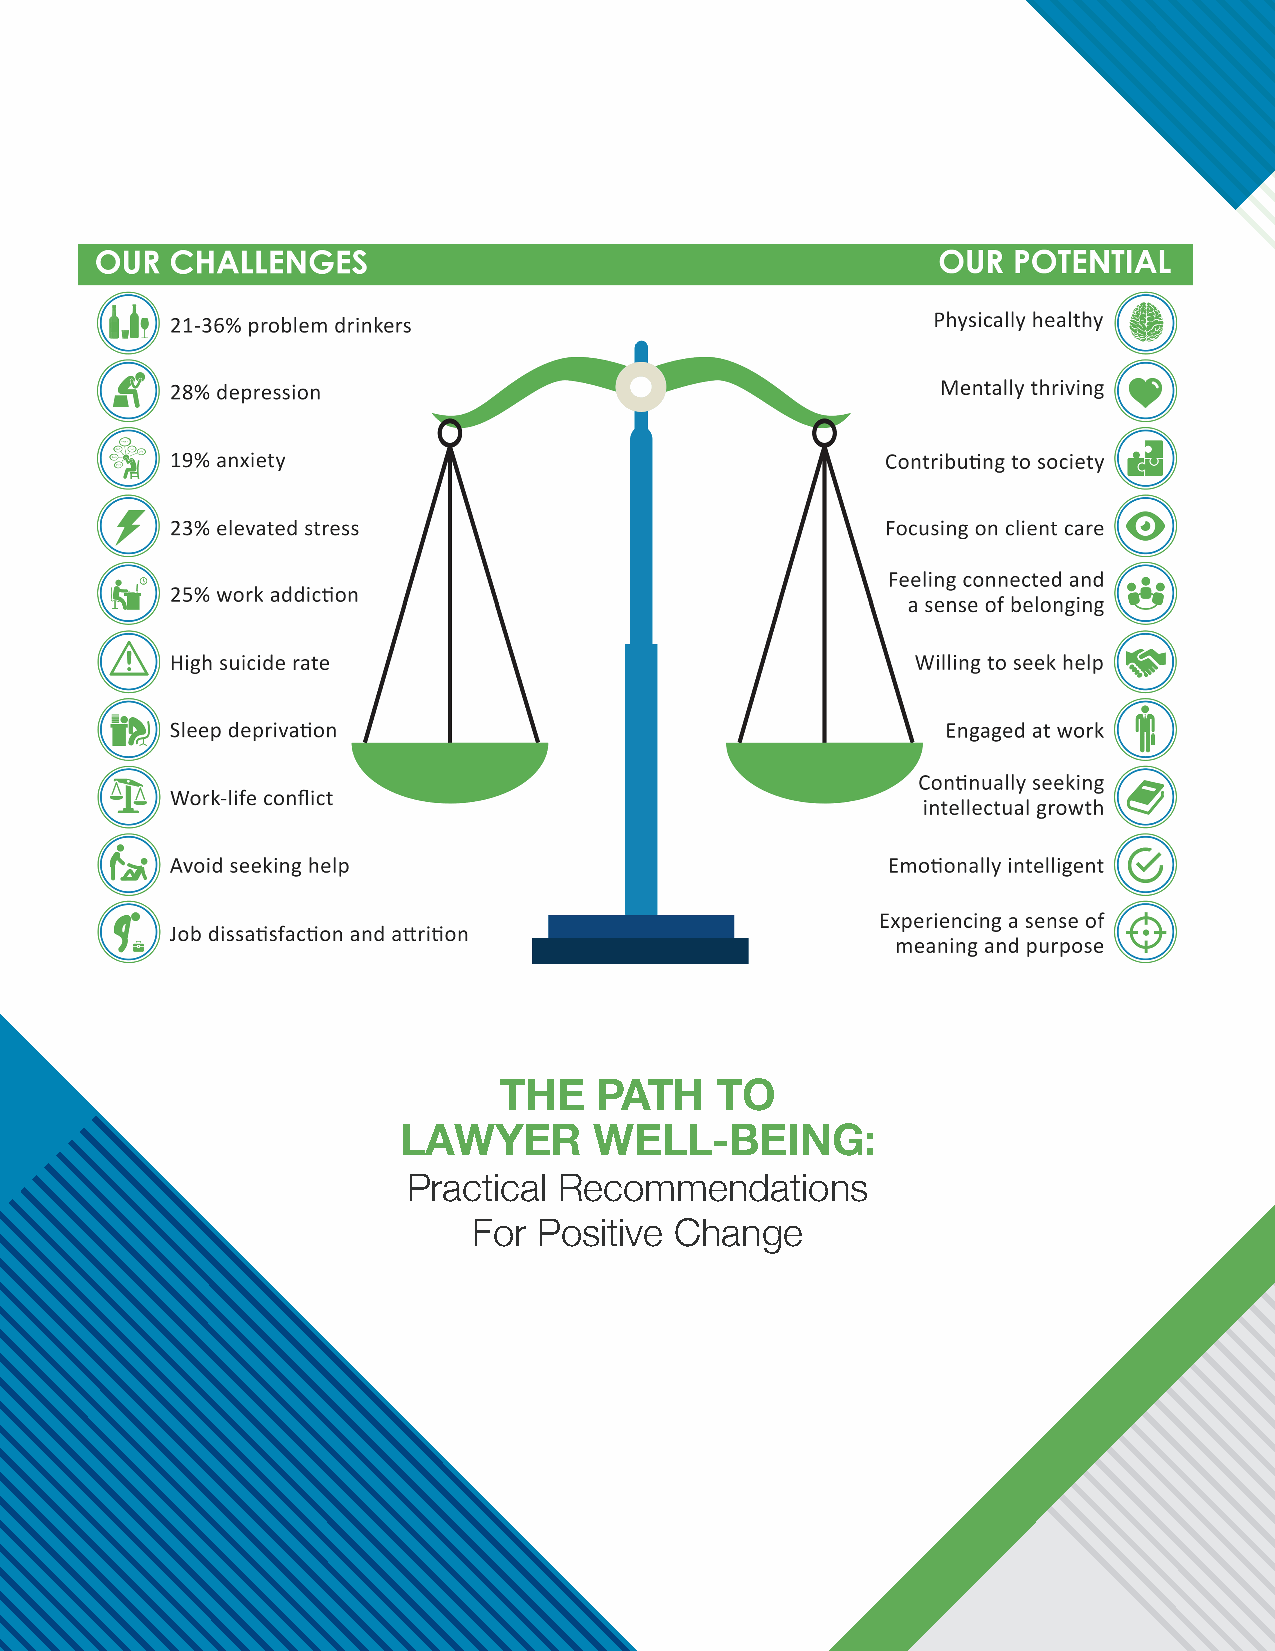
THE   PATH     TO
 LAWYER       WELL-BEING:
 Practical Recommendations
 For  Positive Change